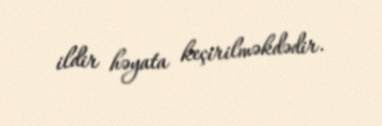
ildir həyata keçirilməkdədir.